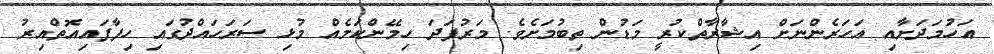
އަހުމަދަށާއި އަހަރެންނަށް އިޝާރާތްކުރީ މަޑުން ތިބުމަށެވެ. މަރުފަދަ ހިމޭންކަމެއް މުޅި ސަރަހައްދުގައި ހިފާފައިއޮތްއިރު